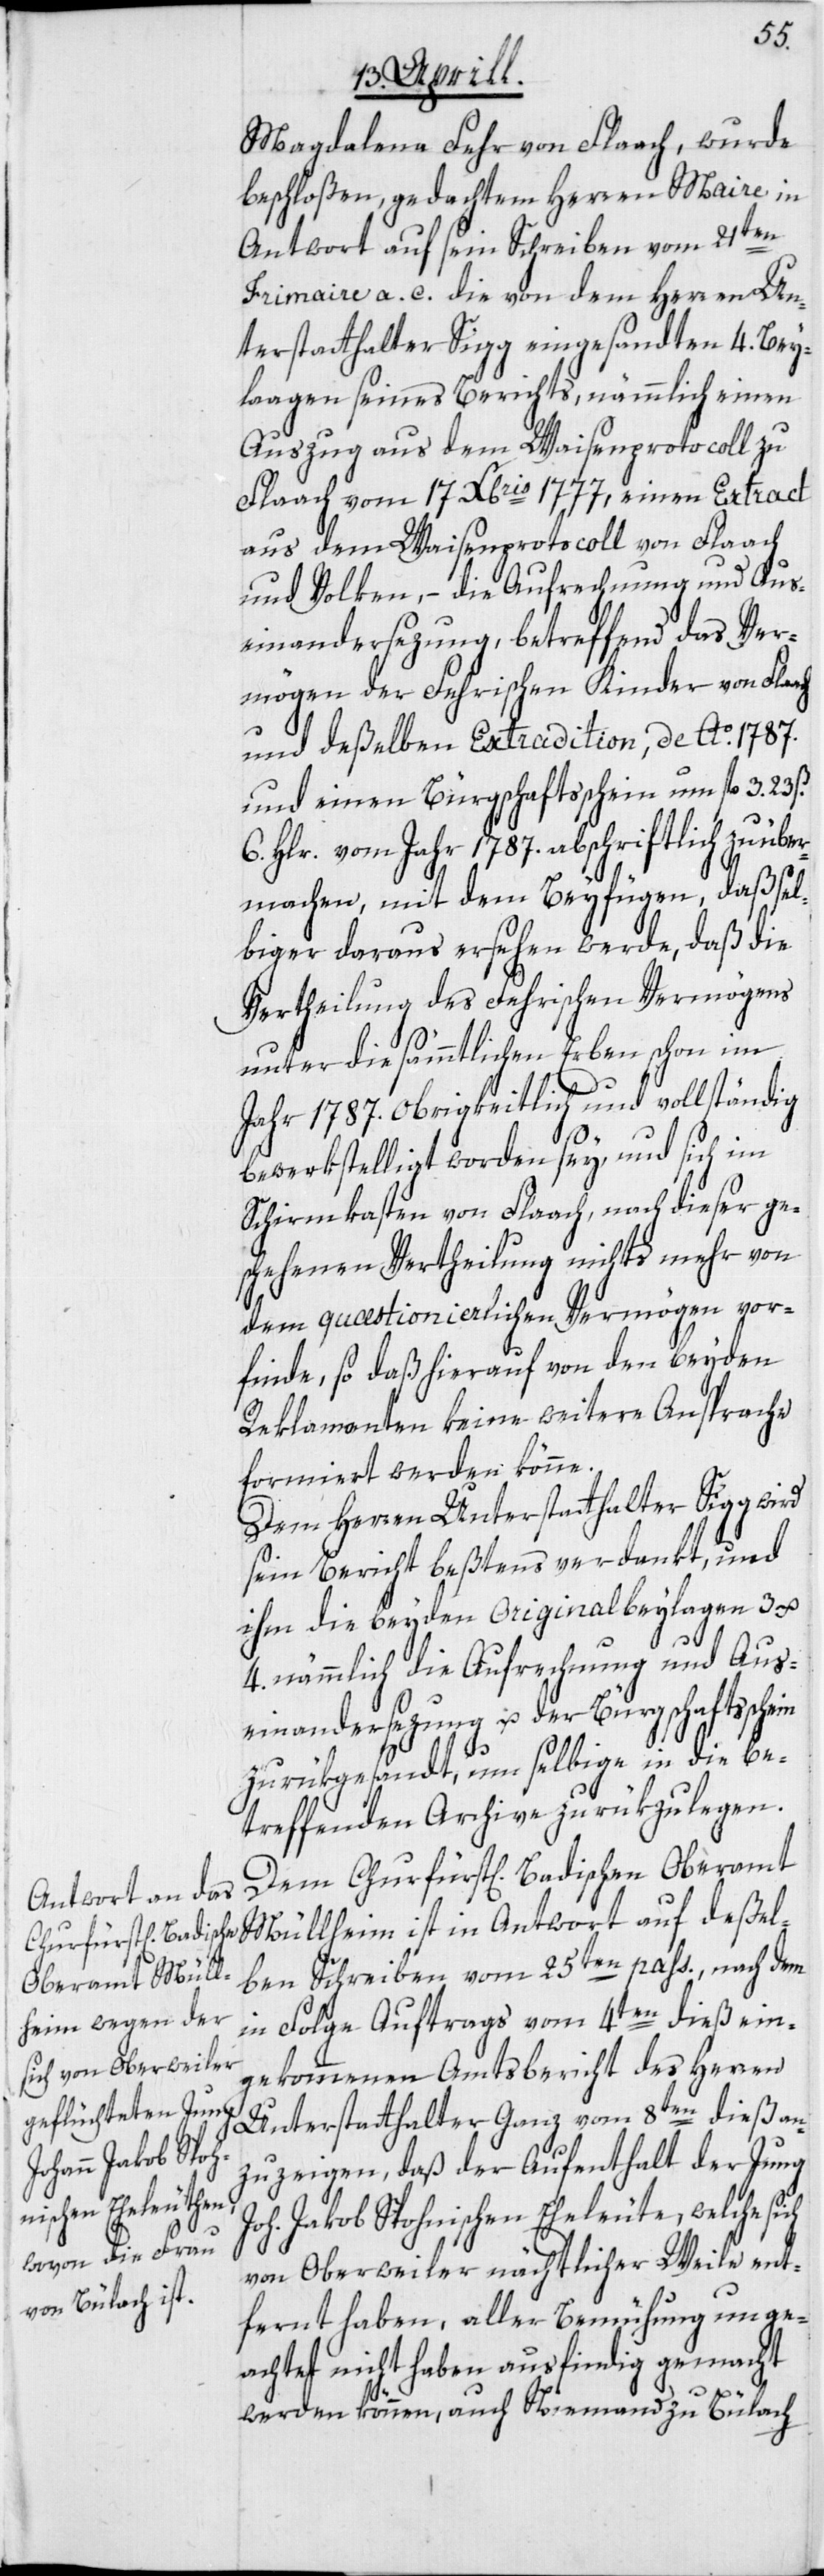
Magdalena Fehr von Flaach, wurde
beschloßen, gedachtem Herren Maire in
Antwort auf sein Schreiben vom 21ten
Frimaire a. c. die von dem Herren Un¬
terstatthalter Sigg eingesandten 4. Bey¬
laagen seines Berichts, nämmlich einen
Auszug aus dem Waisenprotocoll zu
Flaach vom 17 Decembris 1777, einen Extract
aus dem Waisenprotocoll von Flaach
und Volken, – die Aufrechnung und Aus¬
einandersezung, betreffend das Ver¬
mögen der Fehrischen Kinder von Fla¬
und deßelben Extradition, de Ao. 1787.
und einen Bürgschaftsschein um fl. 3. 23 ß.
6. Hlr. vom Jahr 1787. abschriftlich zu übe¬
rmachen, mit dem Beyfügen, daß sel¬
biger daraus ersehen werde, daß die
Vertheilung des Fehrischen Vermögens
unter die sämmtlichen Erben schon im
Jahr 1787. Obrigkeitlich und vollständig
bewerkstelligt worden sey, und sich im
Schirmkasten von Flaach, nach dieser ge¬
schehenen Vertheilung nichts mehr von
dem quæstionierlichen Vermögen vor¬
finde, so daß hierauf von den beyden
Reklamanten keine weitere Ansprache
formiert werden könne.
Dem Herren Unterstatthalter Sigg wird
sein Bericht beßtens verdankt, und
ihm die beyden Originalbeylagen 3 u.
ach
4. nämmlich die Aufrechnung und Aus¬
einandersezung u. der Bürgschaftsschein
zurükgesandt, um selbige in die be¬
treffenden Archive zurükzulegen.
Dem Churfürst[lich] Badischen Oberamt
Müllheim ist in Antwort auf deßel¬
ben Schreiben vom 25ten pass., nach dem
in Folge Auftrags vom 4ten dieß ein¬
gekommenen Amtsbericht des Herren
Unterstatthalter Ganz vom 8ten dieß an¬
zuzeigen, daß der Aufenthalt der Jung
Joh. Jakob Spohnischen Eheleute, welche sich
von Oberweiler nächtlicher Weile ent¬
fernt haben, aller Bemühung unge¬
achtet nicht haben ausfindig gemacht
werden können, auch Niemand zu Bülach